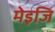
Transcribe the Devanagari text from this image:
मेइजि